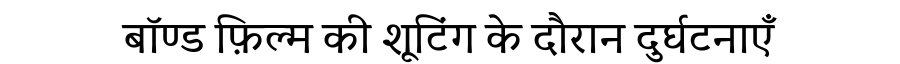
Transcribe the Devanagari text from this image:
बॉण्ड फ़िल्म की शूटिंग के दौरान दुर्घटनाएँ